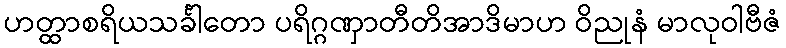
ဟတ္ထာစရိယသင်္ခါတော ပရိဂ္ဂဏှာတီတိအာဒိမာဟ ဝိညုနံ မာလုဝါဗီဇံ